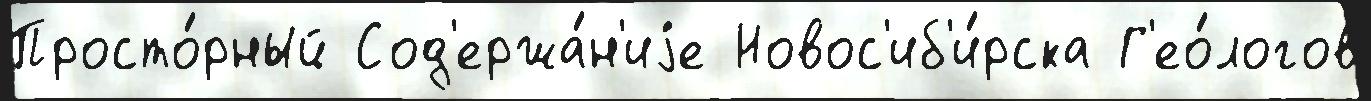
Просто́рный Сод'ержа́н'иjе Новос'иб'и́рска Г'ео́логов